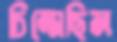
চিম্‌সেছিল